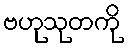
ဗဟုသုတကို